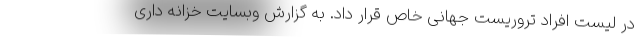
در لیست افراد تروریست جهانی خاص قرار داد. به گزارش وبسایت خزانه داری